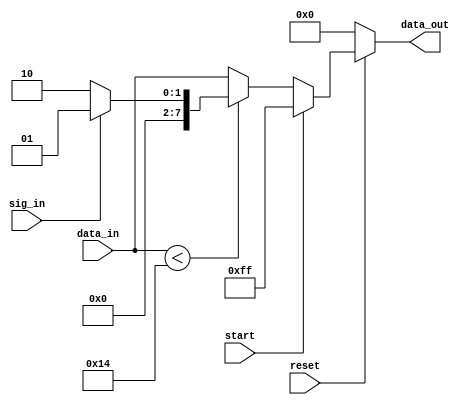
module protocol_out
(
	input reset,
	input start,
	input [7:0] data_in,
	input sig_in,
	
	output reg [7:0] data_out
);



always @(*)
begin
	if(reset == 1'b0) begin
		data_out = 8'b0;
	end
	else begin
		if(start == 1'b1) begin 		// means it is a start of frame
			data_out = 8'hff;
		end
		else begin
			if(data_in < 8'd20) begin	// means data is switcher
				if(sig_in == 1'b1) begin
					data_out = 8'd1;	// means siwtcher ON
				end
				else begin
					data_out = 8'd2;	// means siwtcher OFF
				end
			end
			else begin
				data_out = data_in;		// means frequency data
			end
		end
	end
end



endmodule